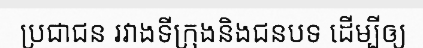
ប្រជាជន រវាងទីក្រុងនិងជនបទ ដើម្បីឲ្យ